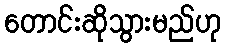
တောင်းဆိုသွားမည်ဟု